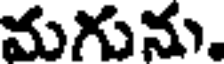
మగును.